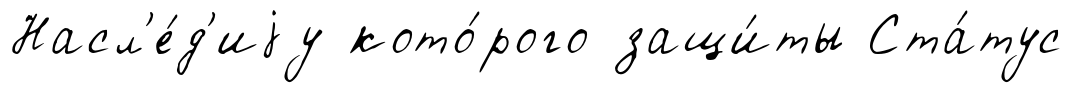
Насл'е́д'иjу кото́рого защи́ты Ста́тус